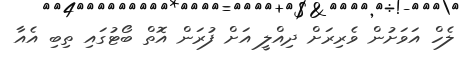
ލެހް އަވަށުން ވެރިރަށް ދިއްލީ އަށް ފުރަން އޮތް ބޯޓުގައި ތިބި އެއާ